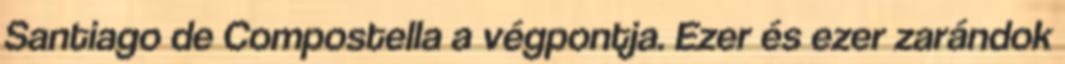
Santiago de Compostella a végpontja. Ezer és ezer zarándok